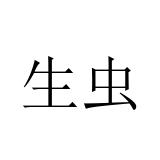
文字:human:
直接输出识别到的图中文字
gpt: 生虫